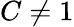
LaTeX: C\neq 1